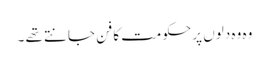
وہ وہ دلوں پر حکومت کا فن جانتے تھے ۔